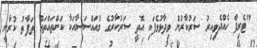
"ޓެރިފް ހެއްދެވިއިރު ސަރުކާރުން ވިދާޅުވެފައި އޮތީ ސަރުކާރުގެ މުއައްސަސާއަކާ ކަންތައްތައް ތަފާތު ކުރާނީ